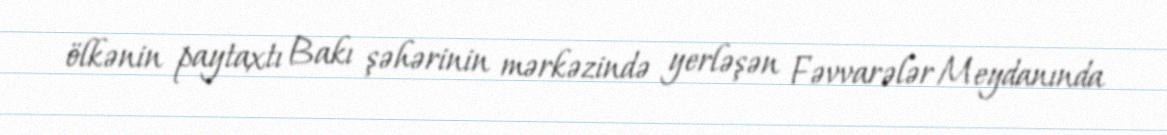
ölkənin paytaxtı Bakı şəhərinin mərkəzində yerləşən Fəvvarələr Meydanında